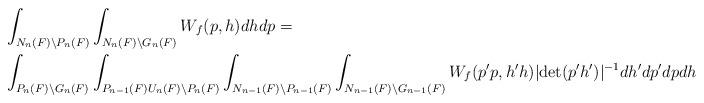
LaTeX: \begin{align*}\displaystyle & \int_{N_n(F)\backslash P_n(F)}\int_{N_{n}(F)\backslash G_{n}(F)} W_f(p,h)dhdp= \\ & \int_{P_{n}(F)\backslash G_{n}(F)}\int_{P_{n-1}(F)U_n(F)\backslash P_n(F)}\int_{N_{n-1}(F)\backslash P_{n-1}(F)} \int_{N_{n-1}(F)\backslash G_{n-1}(F)} W_f(p'p,h'h)\lvert \det(p'h')\rvert^{-1} dh'dp'dpdh\end{align*}